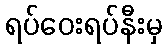
ရပ်ဝေးရပ်နီးမှ